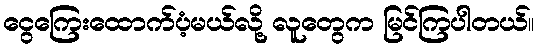
ငွေကြေးထောက်ပံ့မယ်လို့ လူတွေက မြင်ကြပါတယ်။